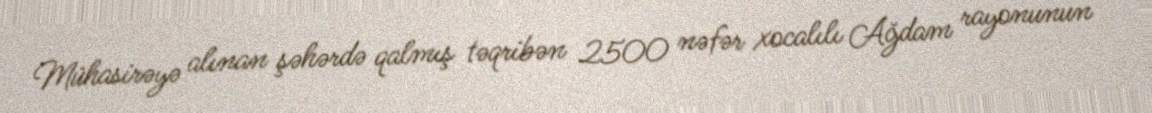
Mühasirəyə alınan şəhərdə qalmış təqribən 2500 nəfər xocalılı Ağdam rayonunun